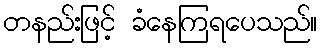
တနည်းဖြင့် ခံနေကြရပေသည်။